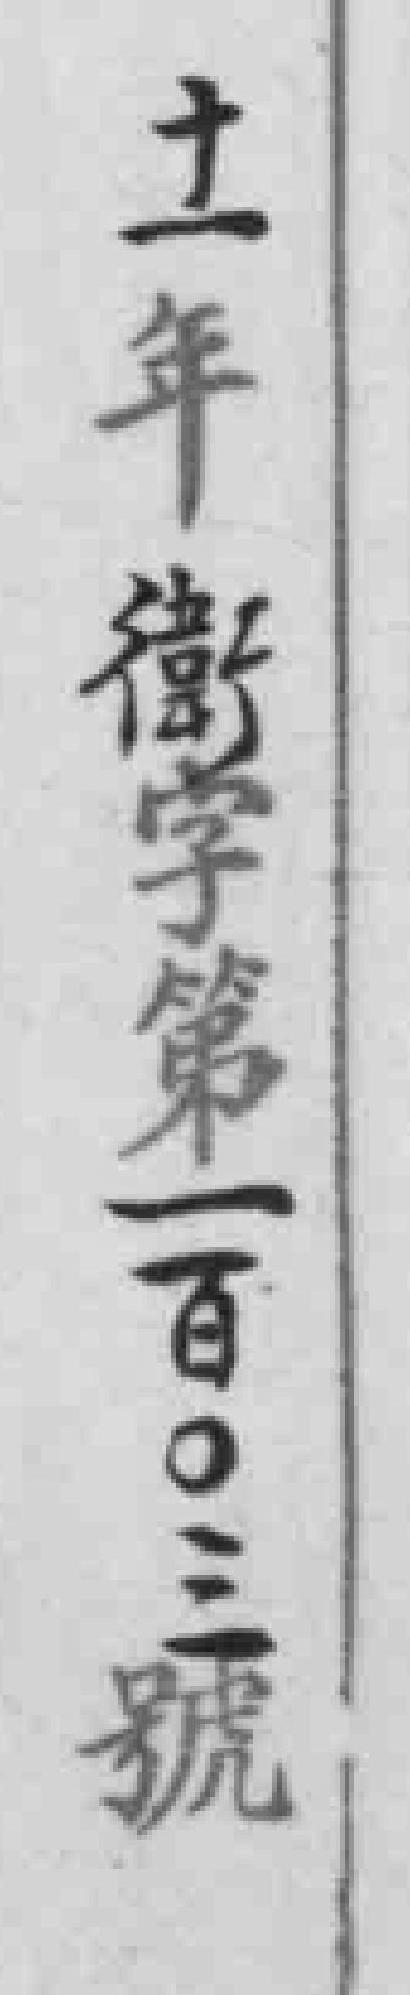
十一年衛字第一百〇三號